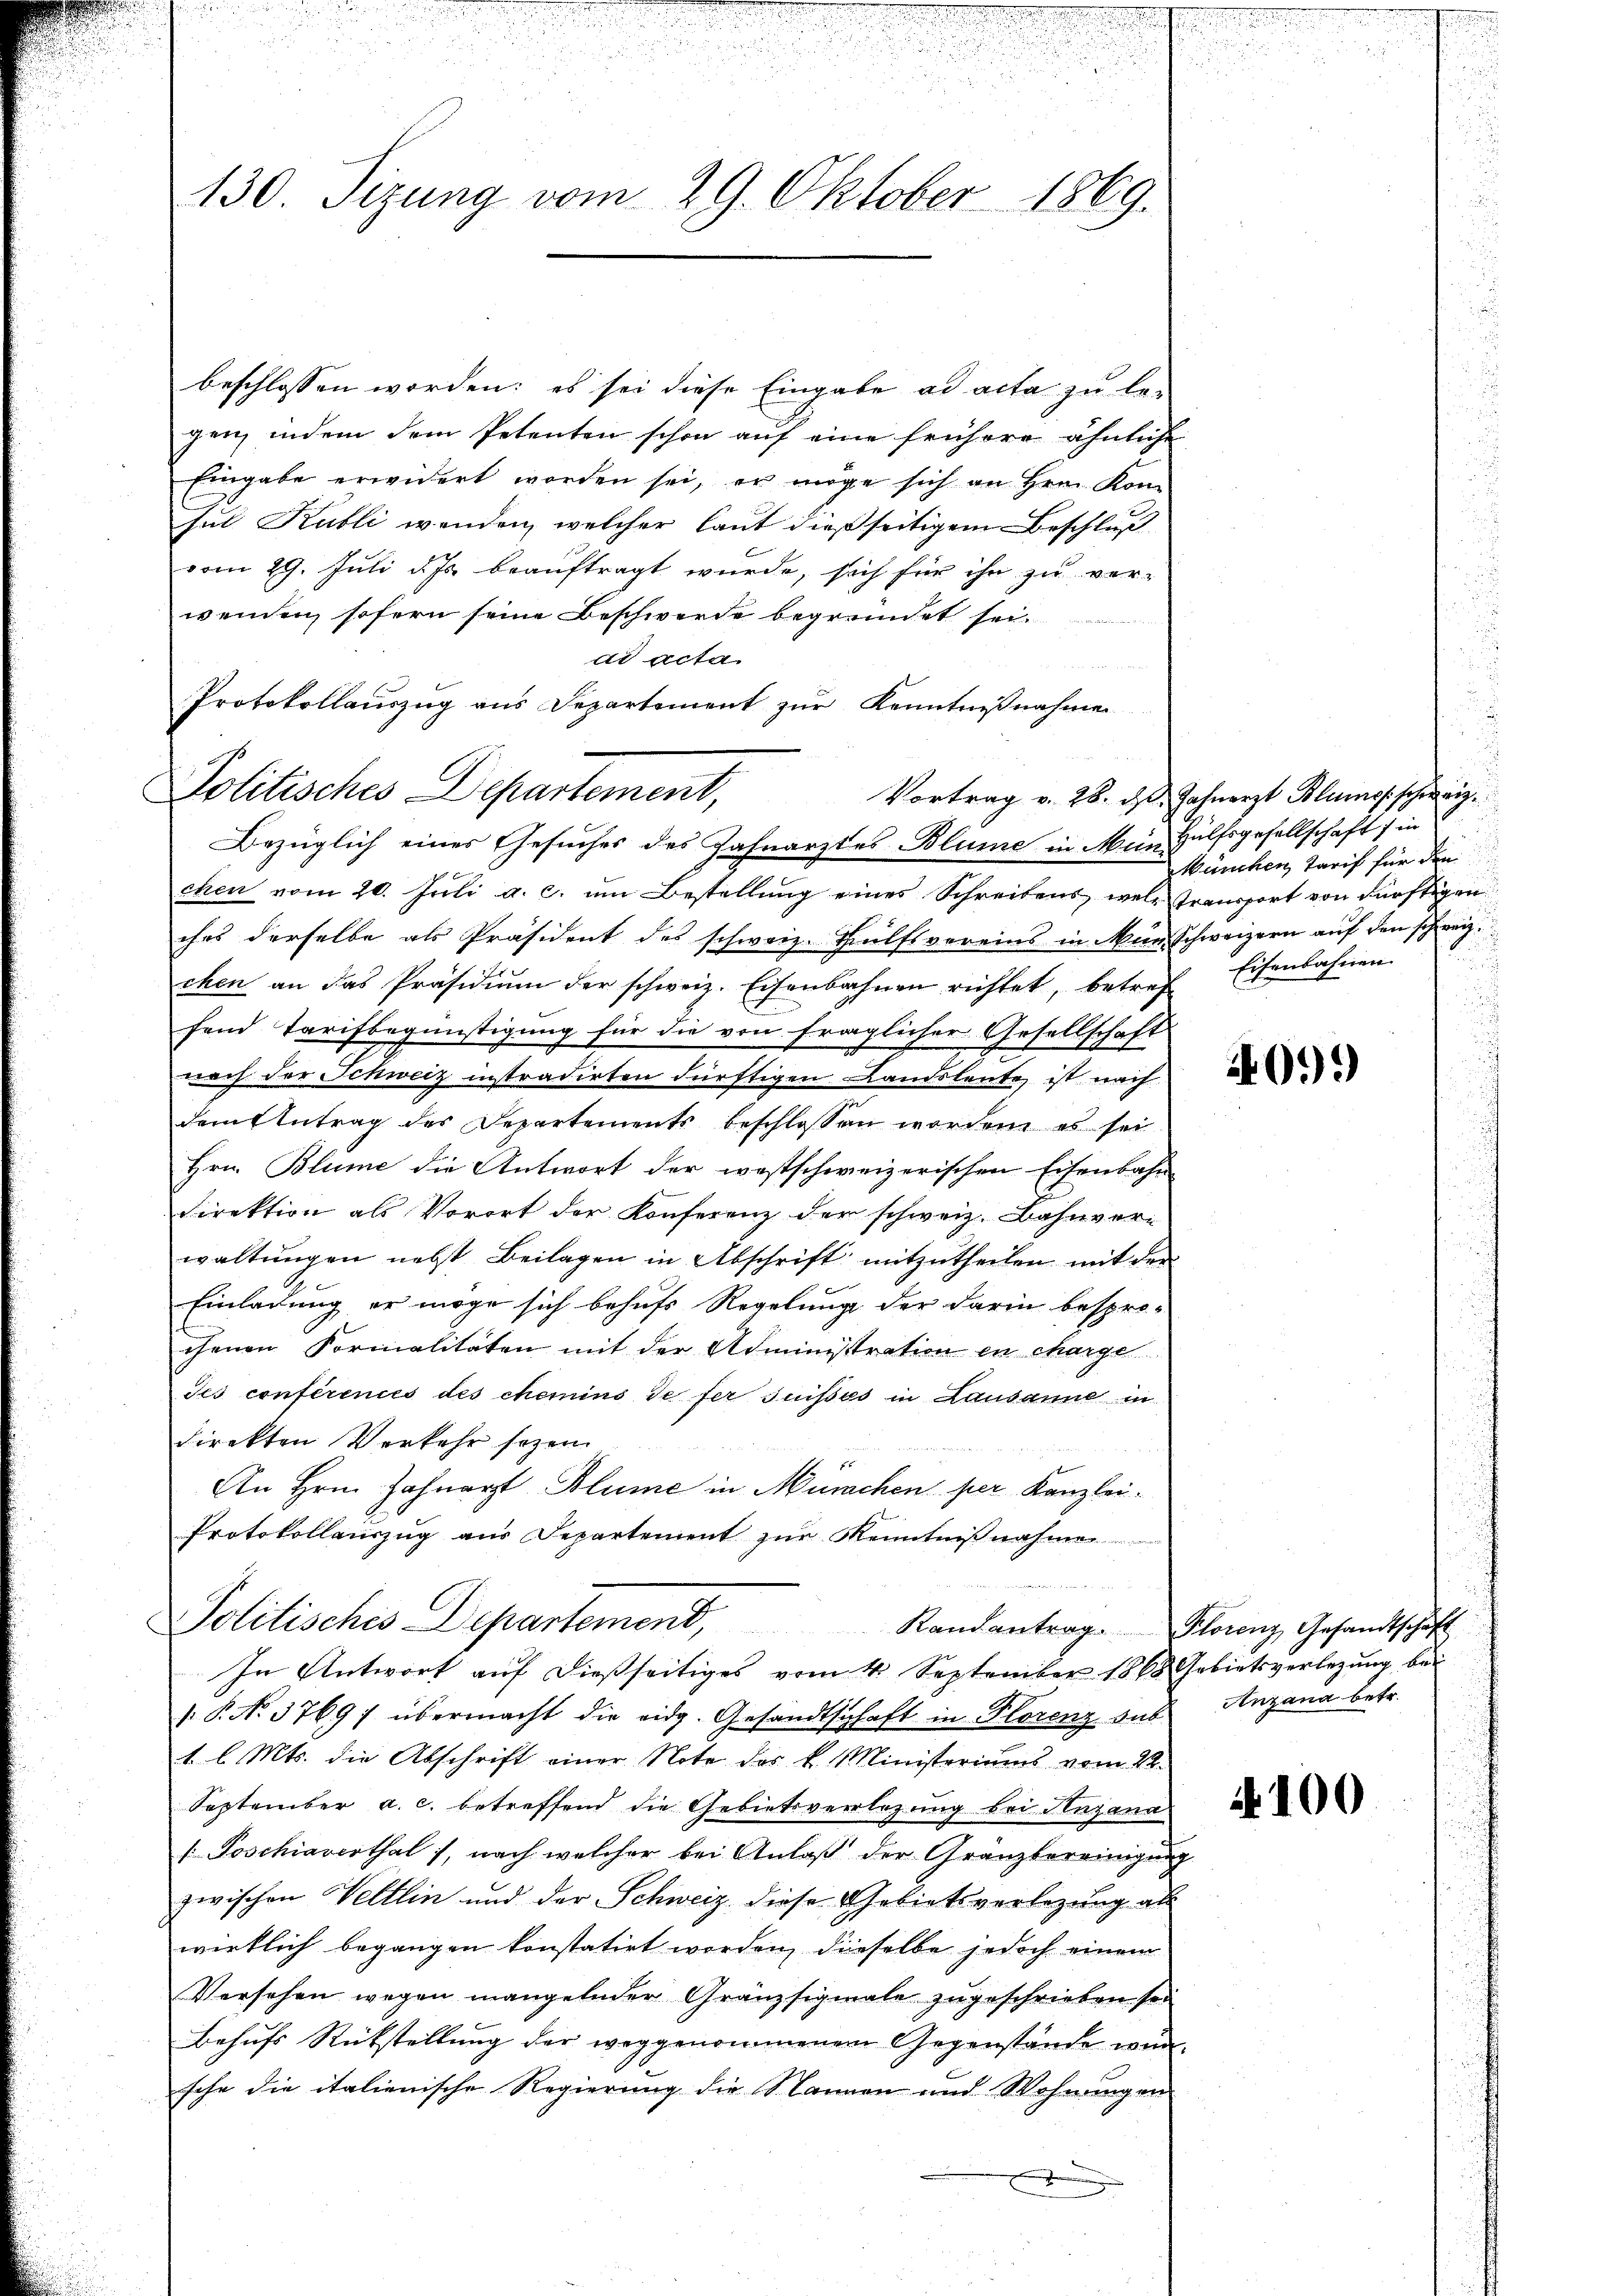
130. Sizung vom 29. Oktober 1869.

Protokollauszug aus Departement zur Kenntnißnahme
Politisches Departement,

beschlossen worden; es sei diese Eingabe ad acta zu le-
gen, indem dem Petenten schon auf eine frühere ähnliche
Eingabe erwidert worden sei, er möge sich an Hrn. Kon-
Jul Kubli wenden, welcher laut dießseitigem Beschluß
vom 29. Jŭli d. Js. beaŭftragt würde, sich für ihn zŭ ver-
wenden, sofern seine Beschwerde begründet sei.
dd acta
Bezüglich eines Gesuches des Zahnarztes Blume in Mein Hülfsgesellschaft in
chen vom 20. Jŭli a. c. ŭm Bestellŭng eines Schreibens wele Transport von dürftigen
ches derselbe als Präsident des schweiz. Hülfsvereins in Mein Schweizern auf den schweiz.
chen an das Präsidium der schweiz. Eisenbahnen richtet, betref Eisenbahnen.
fend Tarifbegünstigung für die von fraglicher Gesellschaft
nach der Schweiz instradirten dürftigen Landsleute ist nach
dem Antrag des Departements beschlossen worden, es sei
Hrn. Blume die Antwort der westschweizerischen Eisenbahn
Direktion als Vorort der Konferenz der schweiz. Bahnver-
waltungen nebst Beilagen in Abschrift mitzutheilen mit der
Einladung er möge sich behufs Regelung der darin besprochenen Formalitäten mit der Administration en charge
Jes conférences des chemins de fer suises in Lausanne in
direkten Verkehr sezen.
An Hrn. Zahnarzt Blume in München per Kanzlei¬
Protokollauszug aus Departement zur Kenntnißnahme

Politisches Departemend,
In Antwort auf dießseitiges vom 4. September 1868 Gebietsverlegung bei

P. N. 3769/ übermacht die eidg. Gesandtschaft in Florenz des Anzana betr.
1. l. Mts. die Abschrift einer Note das k. Ministeriums vom 22.
September a. c. betreffend die Gebietsverlegung bei Henzana-
/ Poschiaverthal), nach welcher bei Anlaß der Gränzbereinigung
zwischen Veltlin und der Schweiz diese Gebietsverlegung als
wirklich begangen konstatirt worden, dieselbe jedoch einem
Versehen wegen mangelnder Granzsignale zugeschrieben sei
Behufs Rückstellung der weggenommenen Gegenstände wursche die italienische Regierung die Nannen und Wohnungen
.

Vortrag v. 28. ds. Jahnarzt Blume schweiz.
München Tarif für den
e

0.*)

Randantrag. Florenz Gesandtschaft

100